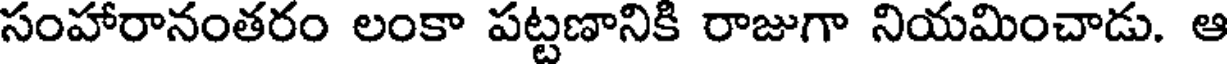
సంహారానంతరం లంకా పట్టణానికి రాజుగా నియమించాడు. ఆ